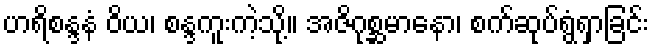
ဟရိစန္ဒနံ ဝိယ၊ စန္ဒကူးကဲ့သို့။ အဇိဂုစ္ဆမာနော၊ စက်ဆုပ်ရွံရှာခြင်း